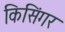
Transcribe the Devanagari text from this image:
किसिंगर